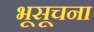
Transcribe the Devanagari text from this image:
भूसूचना